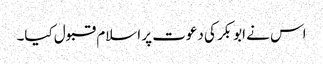
اس نے ابوبکر کی دعوت پر اسلام قبول کیا۔